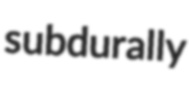
subdurally